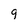
Character: g